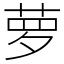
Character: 萝